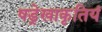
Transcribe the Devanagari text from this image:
षड्रेखाकृतियं